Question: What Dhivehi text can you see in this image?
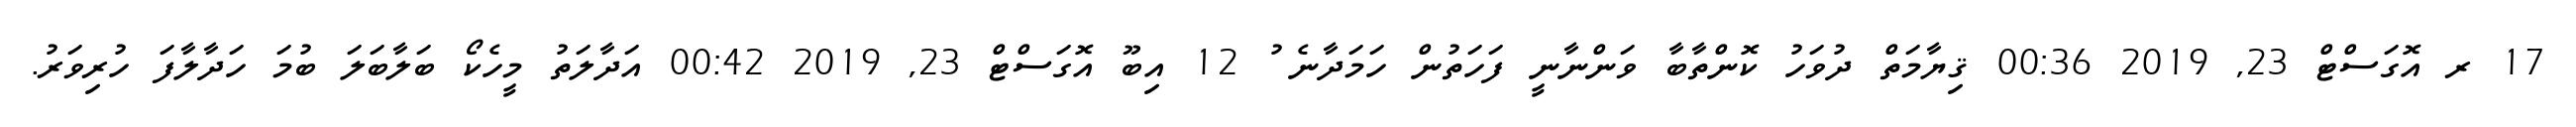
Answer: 17 ރ އޮގަސްޓް 23, 2019 00:36 ޤިޔާމަތް ދުވަހު ކޮންތާބާ ވަންނާނީ ފަހަތުން ހަމަދާނެ ު 12 އިބޫ އޮގަސްޓް 23, 2019 00:42 އަދާލަތު މީހެކޯ ބަލާބަލަ ބުމަ ހަދާލާފަ ހުރިވަރު.